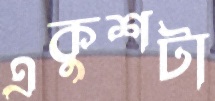
একুশটা